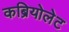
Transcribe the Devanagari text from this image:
कब्रियोलेट